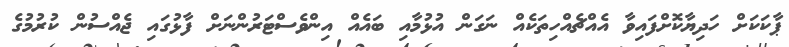
ޕާކަކަށް ހަދިޔާކޮށްފައިވާ އެއްޗެއްހިތަކެއް ނަގަން އުޅުމާއި ބައެއް އިންްވެސްޓަރުންނަށް ފާޅުގައި ޖެއްސުން ކުރުމުގެ